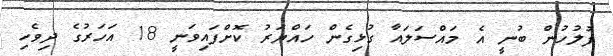
ފުލުހުން ބުނީ އެ މައްސަލައާ ގުޅިގެން ހައްޔަރު ކޮށްފައިވަނީ 18 އަހަރުގެ ދިވެހި